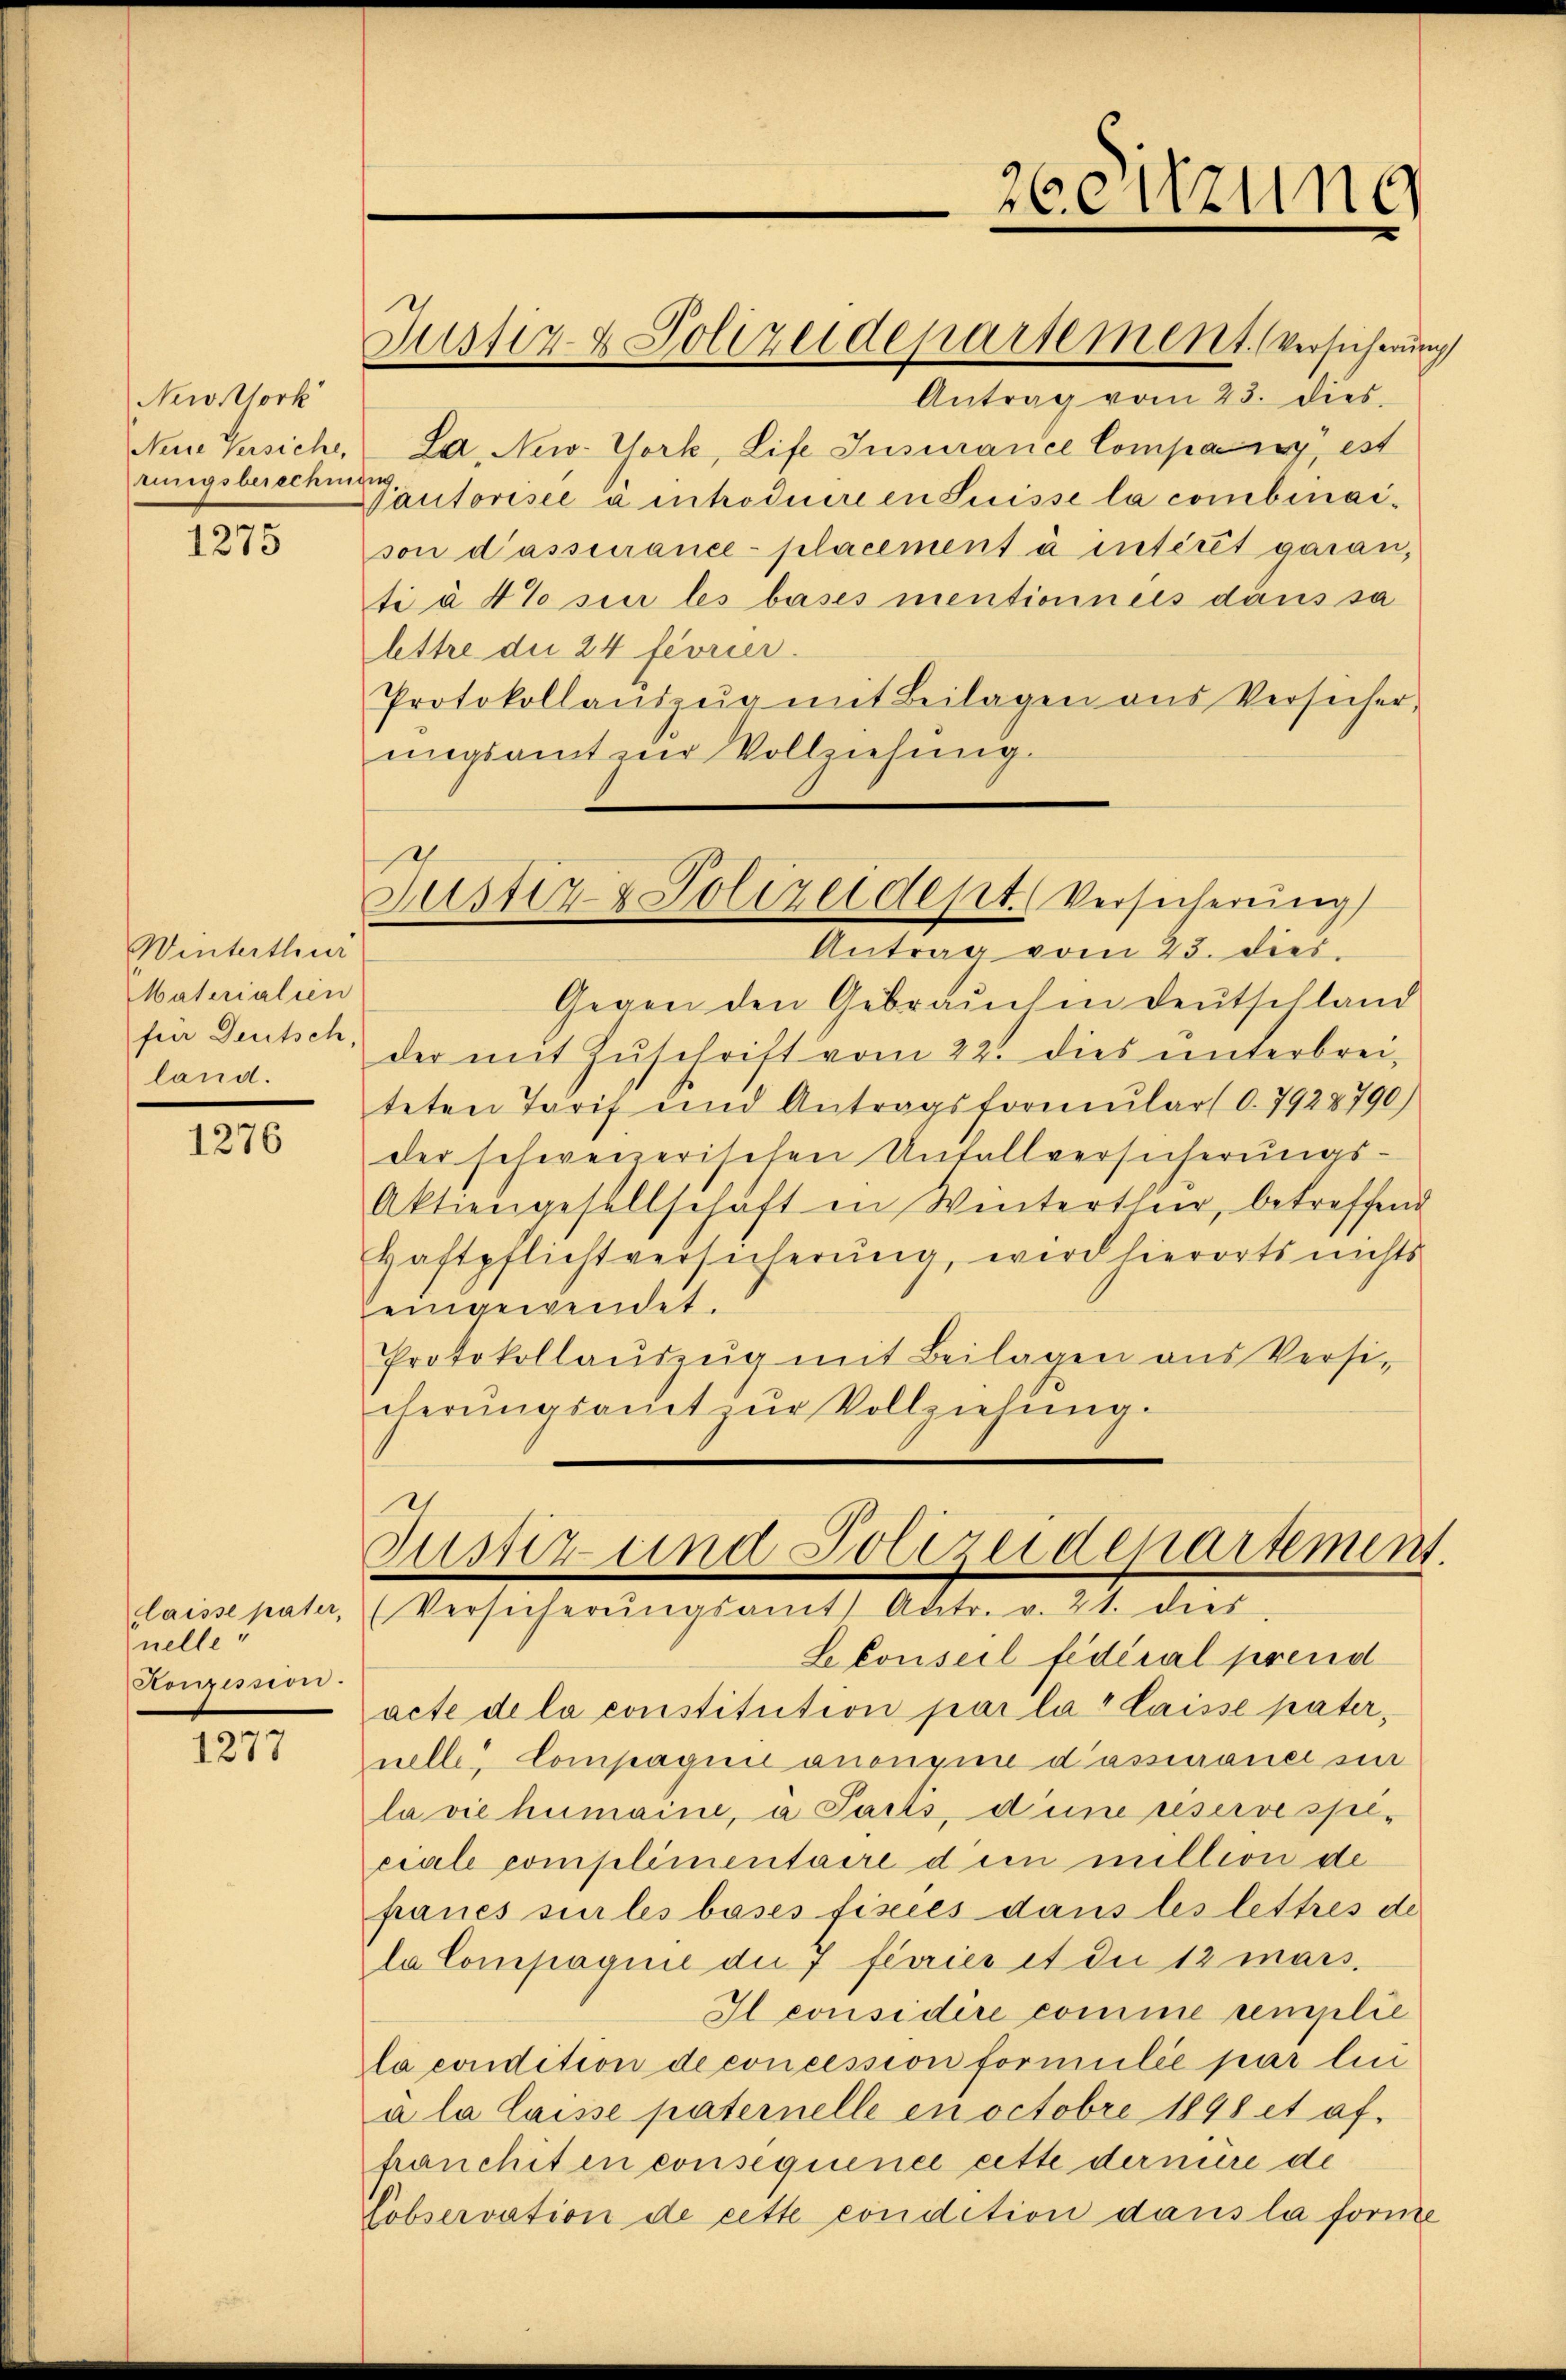
Newtork
Neine Versiche,
tingsberechn

1275

Winterthur
Materialien
für Deutsch
land.

1276

laisse pater,
nelle
Honzession

1277

Justiz & Polizeidepartement. Versicherung

Antrag vom 23. dies
La, New-York, Life Insurance Company, est
we
sautorisée à introduire en Suisse la combinaison d’assurance-placement à intérêt garan,
ti à 4% sie les bases mentionnels dans sa
lettre die 24 féorier.
Protokollantzŭg mit Beilagen aus Versicher
ungsamt zur Vollziehung.
Antrag vom 23. dies
Gegen den Gebrauchen Deutschland
der mit Zŭschrift vom 22. dies unterbreiteten Tarif und Antragsformular (O. 7928790)
der schweizerischen Unfallversicherungs¬
Aktiengesellschaft in Winterthier, betreffend
Haftpflichtversicherung, wird hierorts nichts
eingewendet.
Protokollauszug mit Beilagen aus Versi-
cherŭngsamt zŭr Vollziehŭng.

26 Sitzung

Justiz- & Polizeidept. Versicherung

Zustiz und Polizeidepartement.
(Versicherŭngsamt Antr. v. 21. dies

Lekonseil fédéral prend
acte de la constitution par la laisse paternelle Compagus anonein dassianer sin
la vie humaine, a Parts, diene reservespeciale complimentaire dien million de
panes sur les bases fixées dans les lettres de
la Compagnie die 7 ferries et die 12 mars.
Il considere comme semplie
la condition de concession formulie par lin
a la laisse paternelle en octobre 1898 et afhanchiten consequence cette dernire de
Pobservation de cette condition dans la forme